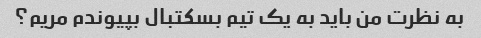
به نظرت من باید به یک تیم بسکتبال بپیوندم مریم؟